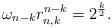
LaTeX: \begin{align*}\omega_{n-k}r_{n,k}^{n-k}=2^{\frac{k}{2}}.\end{align*}